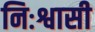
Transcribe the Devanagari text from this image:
निःश्वासी